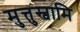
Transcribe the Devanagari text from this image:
मुत्तुस्वामि